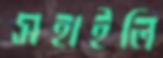
সহাইলি